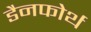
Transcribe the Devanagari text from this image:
डैनफोर्थ